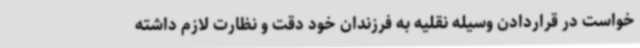
خواست در قراردادن وسیله نقلیه به فرزندان خود دقت و نظارت لازم داشته